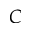
C